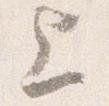
上